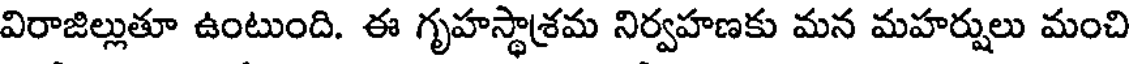
విరాజిల్లుతూ ఉంటుంది. ఈ గృహస్థాశ్రమ నిర్వహణకు మన మహర్షులు మంచి